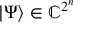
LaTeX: | \Psi \rangle \in \mathbb { C } ^ { 2 ^ { n } }